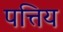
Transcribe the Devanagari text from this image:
पत्तिय